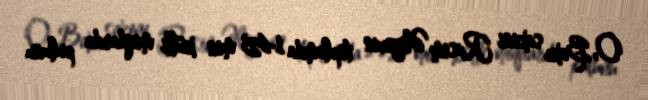
O, Bakı sakini Rasim Əliyevin toplamda 145 min külli miqdarda pulunu